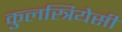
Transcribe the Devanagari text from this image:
कुलस्त्रियेसी